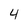
Character: 4